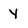
Character: y